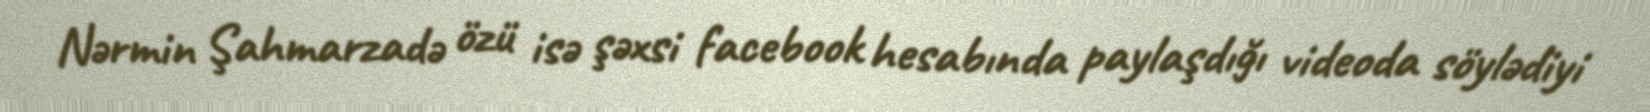
Nərmin Şahmarzadə özü isə şəxsi facebook hesabında paylaşdığı videoda söylədiyi